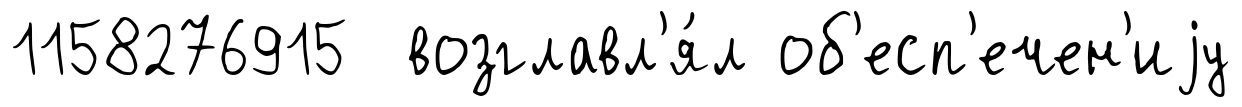
1158276915 возглавл'я́л об'есп'ечен'иjу